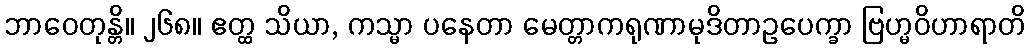
ဘာဝေတုန္တိ။ ၂၆၈။ ဧတ္ထ သိယာ, ကသ္မာ ပနေတာ မေတ္တာကရုဏာမုဒိတာဥပေက္ခာ ဗြဟ္မဝိဟာရာတိ